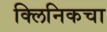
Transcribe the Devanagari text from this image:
क्लिनिकचा